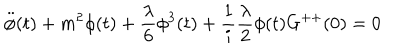
\ddot { \phi } ( t ) + m ^ { 2 } \phi ( t ) + \frac { \lambda } { 6 } \phi ^ { 3 } ( t ) + \frac { 1 } { i } \frac { \lambda } { 2 } \phi ( t ) G ^ { + + } ( 0 ) = 0